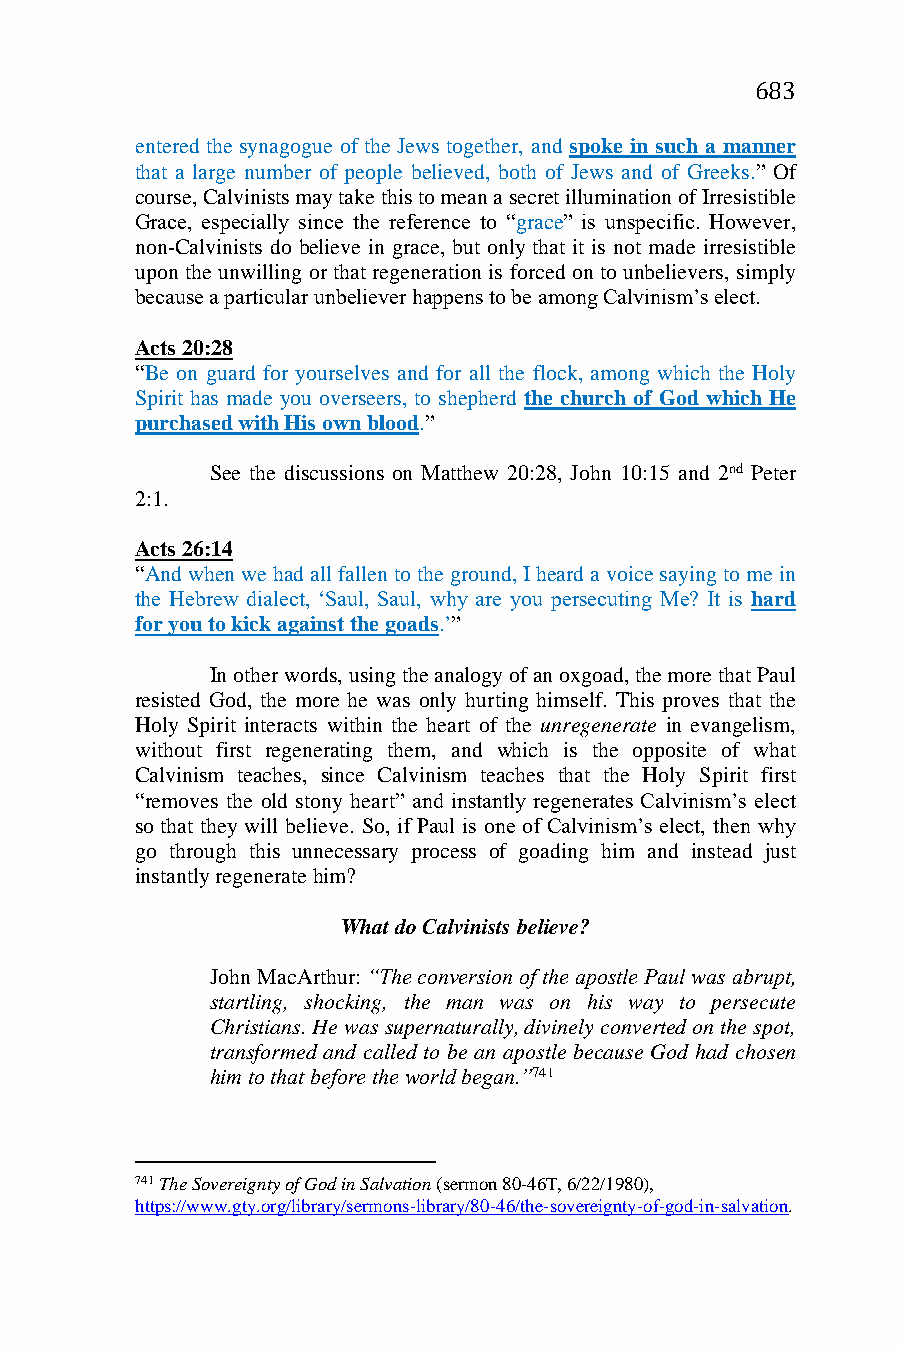
683
 entered the synagogue of the Jews together, and spoke in such a manner
 that a large number of people believed, both of Jews and of Greeks.” Of
 course, Calvinists may take this to mean a secret illumination of Irresistible
 Grace, especially since the reference to “grace” is unspecific. However,
 non-Calvinists do believe in grace, but only that it is not made irresistible
 upon the unwilling or that regeneration is forced on to unbelievers, simply
 because a particular unbeliever happens to be among Calvinism’s elect.
 Acts 20:28
 “Be on guard for yourselves and for all the flock, among which the Holy
 Spirit has made you overseers, to shepherd the church of God which He
 purchased with His own blood.”
 See the discussions on Matthew 20:28, John 10:15 and 2nd Peter
 2:1.
 Acts 26:14
 “And when we had all fallen to the ground, I heard a voice saying to me in
 the Hebrew dialect, ‘Saul, Saul, why are you persecuting Me? It is hard
 for you to kick against the goads.’”
 In other words, using the analogy of an oxgoad, the more that Paul
 resisted God, the more he was only hurting himself. This proves that the
 Holy Spirit interacts within the heart of the unregenerate in evangelism,
 without first regenerating them, and which is the opposite of what
 Calvinism teaches, since Calvinism teaches that the Holy Spirit first
 “removes the old stony heart” and instantly regenerates Calvinism’s elect
 so that they will believe. So, if Paul is one of Calvinism’s elect, then why
 go through this unnecessary process of goading him and instead just
 instantly regenerate him?
 What do Calvinists believe?
 John MacArthur: “The conversion of the apostle Paul was abrupt,
 startling, shocking, the man was on his way to persecute
 Christians. He was supernaturally, divinely converted on the spot,
 transformed and called to be an apostle because God had chosen
 him to that before the world began.”741
 741 The Sovereignty of God in Salvation (sermon 80-46T, 6/22/1980),
 https://www.gty.org/library/sermons-library/80-46/the-sovereignty-of-god-in-salvation.